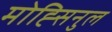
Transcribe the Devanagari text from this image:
मोह्सिनुल